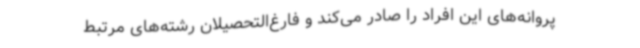
پروانه‌های این افراد را صادر می‌کند و فارغ‌التحصیلان رشته‌های مرتبط